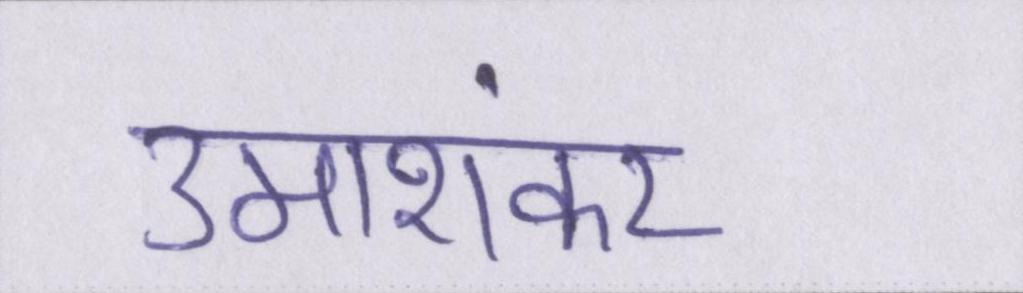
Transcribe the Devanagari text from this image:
उमाशंकर